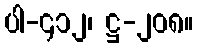
ပါ-၄၁၂၊ ဋ္ဌ-၂၀၈။